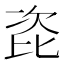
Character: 𭯎